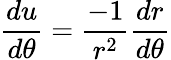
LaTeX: {\frac{du}{d\theta}}={\frac{-1}{r^{2}}}{\frac{dr}{d\theta}}